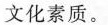
文化素质。